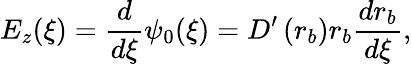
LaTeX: E_{z}(\xi)=\frac{d}{d\xi}\psi_{0}(\xi)=D^{\prime}\left(r_{b}\right)r_{b}\frac{dr_{b}}{d\xi},